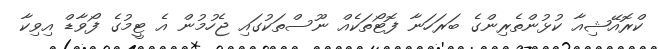
ކްރޮއޭޝިއާ ކުޅުންތެރިންގެ ބަރަހަނާ ފޮޓޯތަކެއް ނޫސްތަކުގައި ޖެހުމުން އެ ޓީމުގެ ފޯވާޑް އިވިކާ